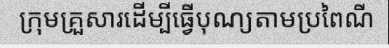
ក្រុមគ្រួសារដើម្បីធ្វើបុណ្យតាមប្រពៃណី